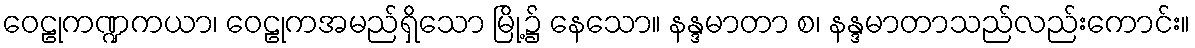
ဝေဠုကဏ္ဍကယာ၊ ဝေဠုကအမည်ရှိသော မြို့၌ နေသော။ နန္ဒမာတာ စ၊ နန္ဒမာတာသည်လည်းကောင်း။